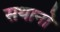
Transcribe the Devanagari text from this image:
सथानो